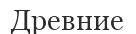
Древние